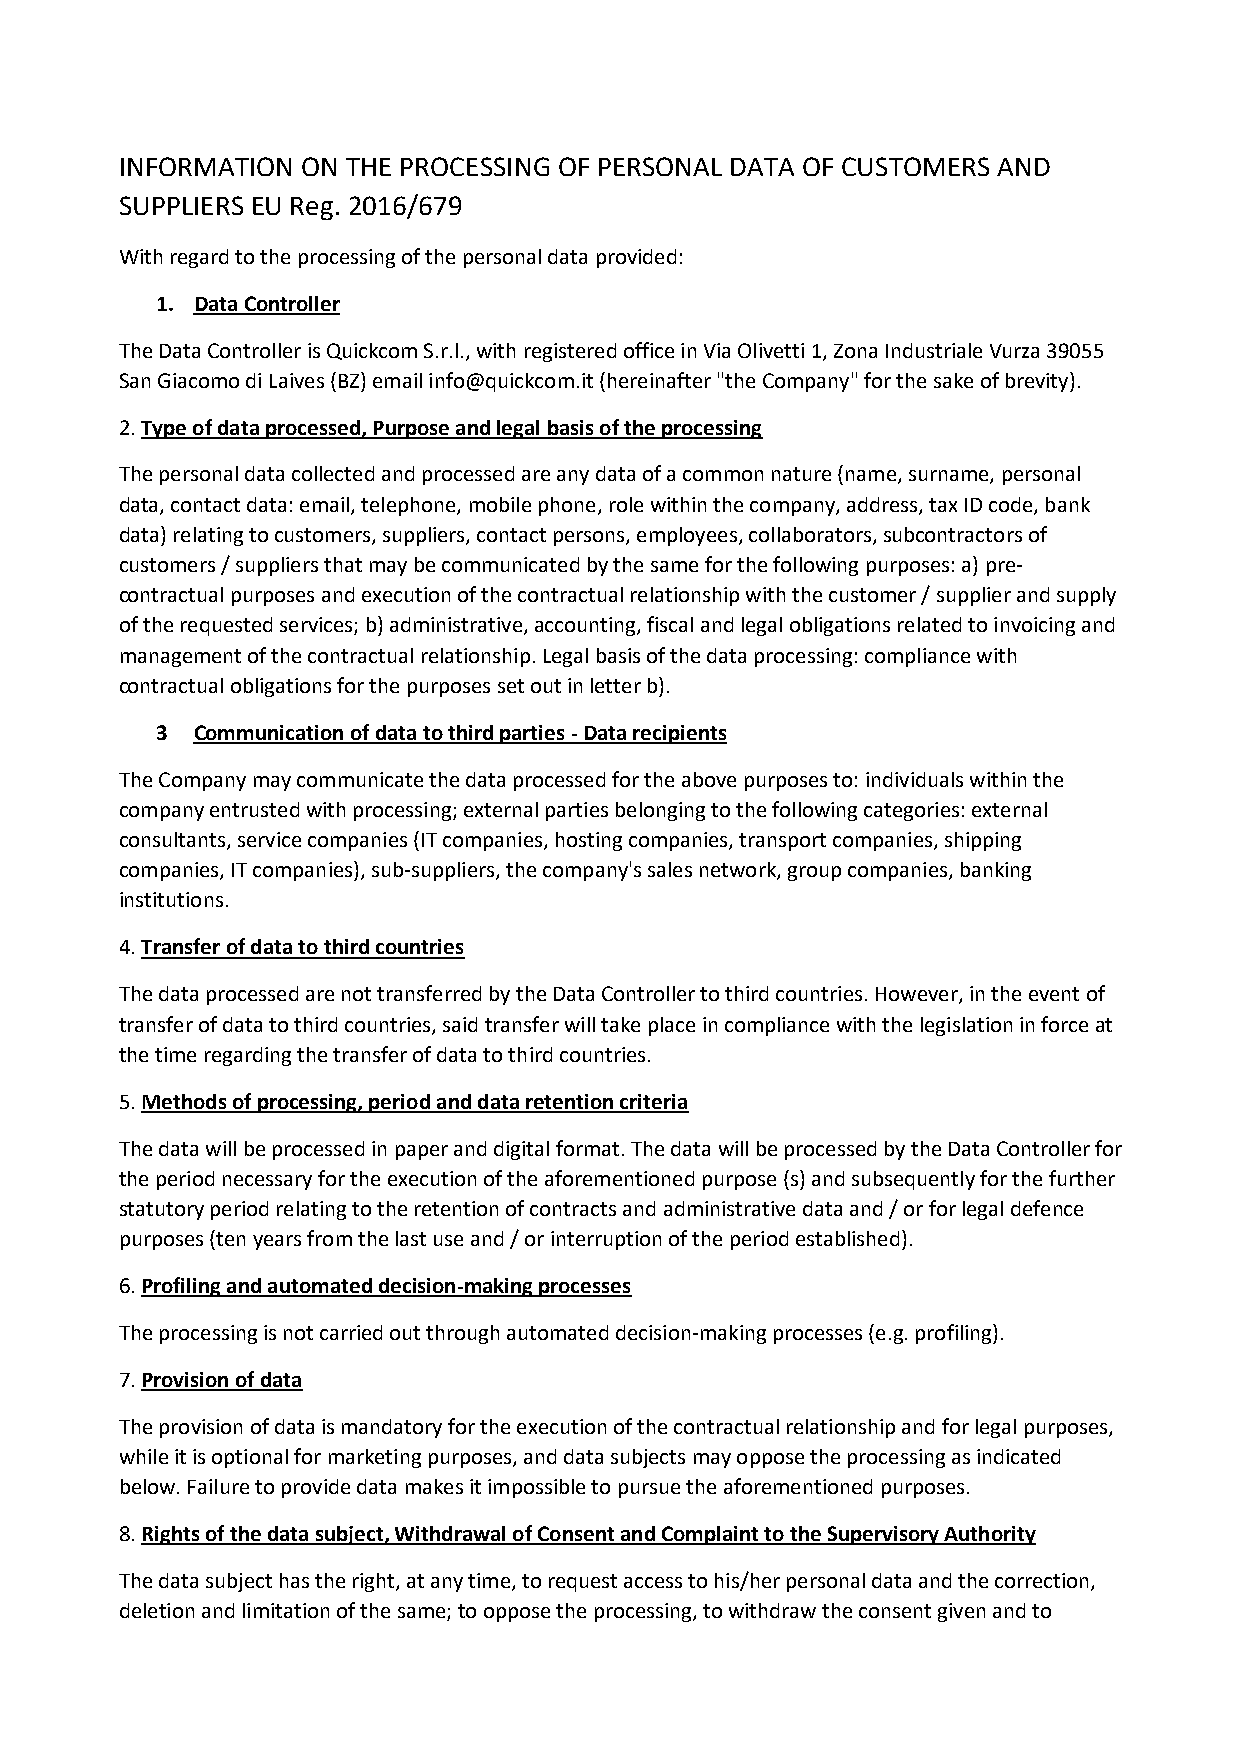
INFORMATION ON THE PROCESSING OF PERSONAL DATA OF CUSTOMERS AND
 SUPPLIERS EU Reg. 2016/679
 With regard to the processing of the personal data provided:
 1. Data Controller
 The Data Controller is Quickcom S.r.l., with registered office in Via Olivetti 1, Zona Industriale Vurza 39055
 San Giacomo di Laives (BZ) email info@quickcom.it (hereinafter "the Company" for the sake of brevity).
 2. Type of data processed, Purpose and legal basis of the processing
 The personal data collected and processed are any data of a common nature (name, surname, personal
 data, contact data: email, telephone, mobile phone, role within the company, address, tax ID code, bank
 data) relating to customers, suppliers, contact persons, employees, collaborators, subcontractors of
 customers / suppliers that may be communicated by the same for the following purposes: a) pre-
 contractual purposes and execution of the contractual relationship with the customer / supplier and supply
 of the requested services; b) administrative, accounting, fiscal and legal obligations related to invoicing and
 management of the contractual relationship. Legal basis of the data processing: compliance with
 contractual obligations for the purposes set out in letter b).
 3  Communication of data to third parties - Data recipients
 The Company may communicate the data processed for the above purposes to: individuals within the
 company entrusted with processing; external parties belonging to the following categories: external
 consultants, service companies (IT companies, hosting companies, transport companies, shipping
 companies, IT companies), sub-suppliers, the company's sales network, group companies, banking
 institutions.
 4. Transfer of data to third countries
 The data processed are not transferred by the Data Controller to third countries. However, in the event of
 transfer of data to third countries, said transfer will take place in compliance with the legislation in force at
 the time regarding the transfer of data to third countries.
 5. Methods of processing, period and data retention criteria
 The data will be processed in paper and digital format. The data will be processed by the Data Controller for
 the period necessary for the execution of the aforementioned purpose (s) and subsequently for the further
 statutory period relating to the retention of contracts and administrative data and / or for legal defence
 purposes (ten years from the last use and / or interruption of the period established).
 6. Profiling and automated decision-making processes
 The processing is not carried out through automated decision-making processes (e.g. profiling).
 7. Provision of data
 The provision of data is mandatory for the execution of the contractual relationship and for legal purposes,
 while it is optional for marketing purposes, and data subjects may oppose the processing as indicated
 below. Failure to provide data makes it impossible to pursue the aforementioned purposes.
 8. Rights of the data subject, Withdrawal of Consent and Complaint to the Supervisory Authority
 The data subject has the right, at any time, to request access to his/her personal data and the correction,
 deletion and limitation of the same; to oppose the processing, to withdraw the consent given and to